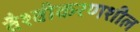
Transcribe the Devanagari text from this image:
वैश्वीकरणशील